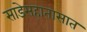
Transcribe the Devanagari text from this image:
साडेसहातासात